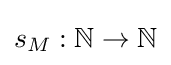
s_{M}:\mathbb {N} \to \mathbb {N}